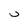
Character: j